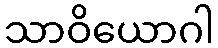
သာဝိယောဂါ